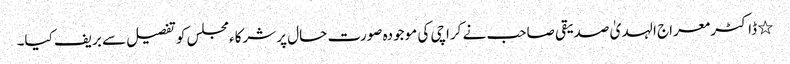
٭	ڈاکٹر معراج الہدیٰ صدیقی صاحب نے کراچی کی موجودہ صورت حال پر شرکاءمجلس کو تفصیل سے بریف کیا۔